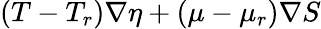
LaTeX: (T-T_{r})\nabla\eta+(\mu-\mu_{r})\nabla S